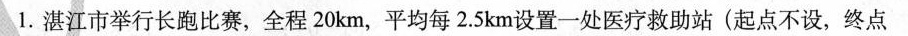
1.湛江市举行长跑比赛，全程20km，平均每2.5km设置一处医疗救助站(起点不设，终点